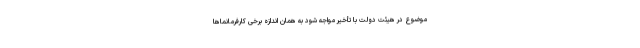
موضوع در هیئت دولت با تأخیر مواجه شود به همان اندازه برخی کارفرمانماها